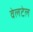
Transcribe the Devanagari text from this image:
वेलटेल